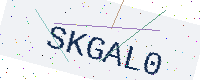
Text: SKGAL0